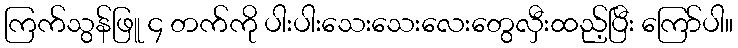
ကြက်သွန်ဖြူ ၄ တက်ကို ပါးပါးသေးသေးလေးတွေလှီးထည့်ပြီး ကြော်ပါ။